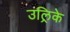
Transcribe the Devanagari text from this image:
उल्रिके